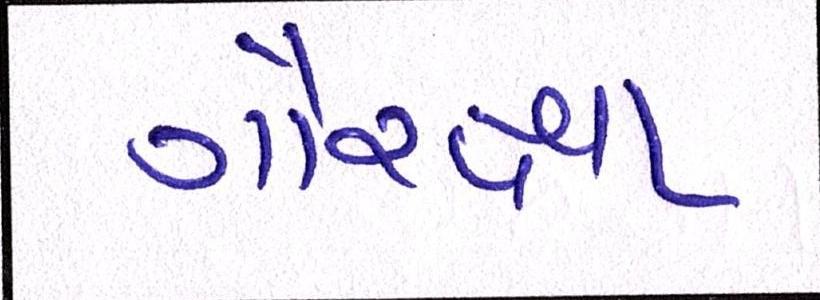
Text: ગૌરક્ષા